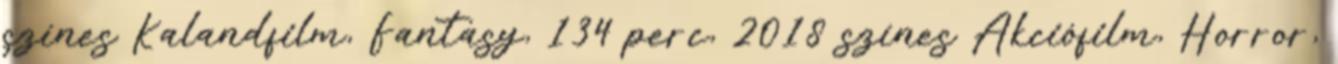
színes Kalandfilm, Fantasy, 134 perc, 2018 színes Akciófilm, Horror,